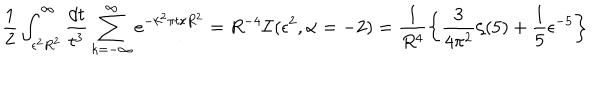
LaTeX: \frac { 1 } { 2 } \int _ { \epsilon ^ { 2 } R ^ { 2 } } ^ { \infty } \frac { d t } { t ^ { 3 } } \sum _ { k = - \infty } ^ { \infty } e ^ { - k ^ { 2 } \pi t / R ^ { 2 } } = R ^ { - 4 } { \cal I } ( \epsilon ^ { 2 } , \alpha = - 2 ) = \frac { 1 } { R ^ { 4 } } \left\{ \frac { 3 } { 4 \pi ^ { 2 } } \zeta ( 5 ) + \frac { 1 } { 5 } \epsilon ^ { - 5 } \right\}